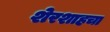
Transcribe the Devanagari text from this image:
शेरशाहचा